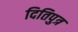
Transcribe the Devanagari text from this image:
दितिपुत्र